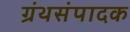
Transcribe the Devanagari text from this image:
ग्रंथसंपादक